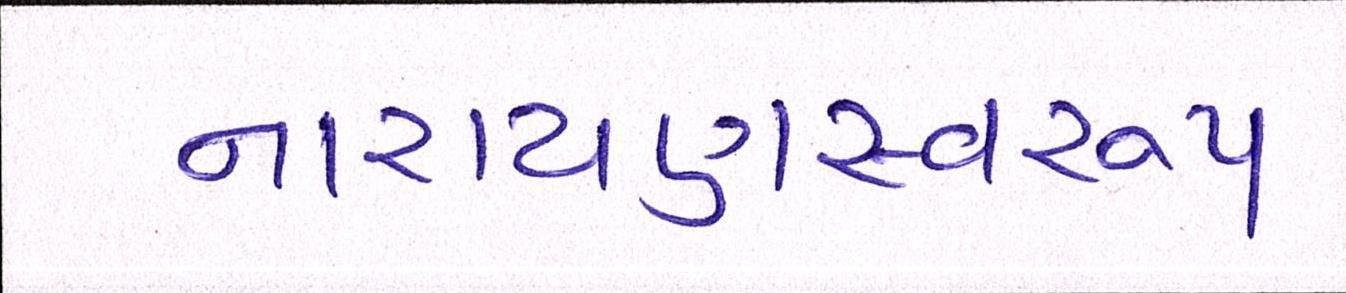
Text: નારાયણસ્વરૂપ